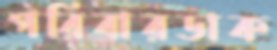
পরিবারডাক